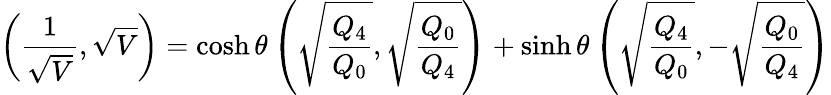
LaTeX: \left({\frac{1}{\sqrt{V}}},\sqrt{V}\right)=\cosh\theta\left(\sqrt{\frac{Q_{4}}{Q_{0}}},\sqrt{\frac{Q_{0}}{Q_{4}}}\right)+\sinh\theta\left(\sqrt{\frac{Q_{4}}{Q_{0}}},-\sqrt{\frac{Q_{0}}{Q_{4}}}\right)